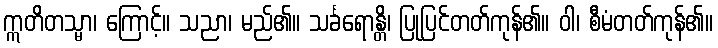
ဣတိတသ္မာ၊ ကြောင့်။ သညာ၊ မည်၏။ သင်္ခရောန္တိ၊ ပြုပြင်တတ်ကုန်၏။ ဝါ၊ စီမံတတ်ကုန်၏။